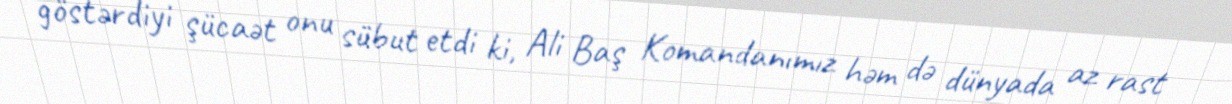
göstərdiyi şücaət onu sübut etdi ki, Ali Baş Komandanımız həm də dünyada az rast